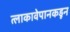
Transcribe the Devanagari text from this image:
त्लाकावेपानकडून